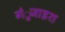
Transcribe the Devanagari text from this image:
गंुजाइश